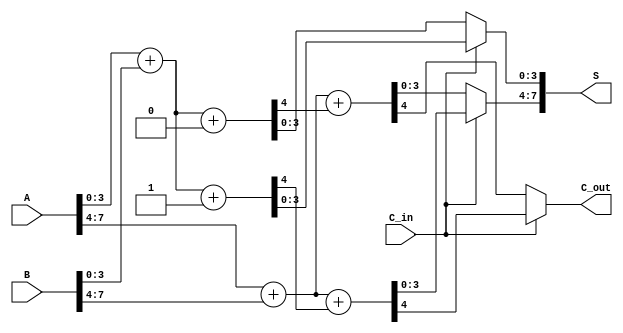
module carry_select_adder (
    input [7:0] A,        // 8-bit input A
    input [7:0] B,        // 8-bit input B
    input C_in,           // Carry-in
    output [7:0] S,       // 8-bit sum output
    output C_out          // Carry-out
);

    // Internal wires for the first block (lower 4 bits)
    wire [3:0] S0_0, S0_1; // Sums for C_in = 0 and C_in = 1
    wire C0_out_0, C0_out_1; // Carry-outs for C_in = 0 and C_in = 1

    // Internal wires for the second block (upper 4 bits)
    wire [3:0] S1_0, S1_1; // Sums for C_in = 0 and C_in = 1
    wire C1_out_0, C1_out_1; // Carry-outs for C_in = 0 and C_in = 1

    // First 4-bit adder block
    // Adder for C_in = 0
    assign {C0_out_0, S0_0} = A[3:0] + B[3:0] + 1'b0;
    // Adder for C_in = 1
    assign {C0_out_1, S0_1} = A[3:0] + B[3:0] + 1'b1;

    // Second 4-bit adder block
    // Adder for C_in = 0
    assign {C1_out_0, S1_0} = A[7:4] + B[7:4] + C0_out_0;
    // Adder for C_in = 1
    assign {C1_out_1, S1_1} = A[7:4] + B[7:4] + C0_out_1;

    // Final sum and carry-out selection
    assign S[3:0] = (C_in) ? S0_1 : S0_0; // Select sum from first block
    assign S[7:4] = (C_in) ? S1_1 : S1_0; // Select sum from second block
    assign C_out = (C_in) ? C1_out_1 : C1_out_0; // Select carry-out

endmodule